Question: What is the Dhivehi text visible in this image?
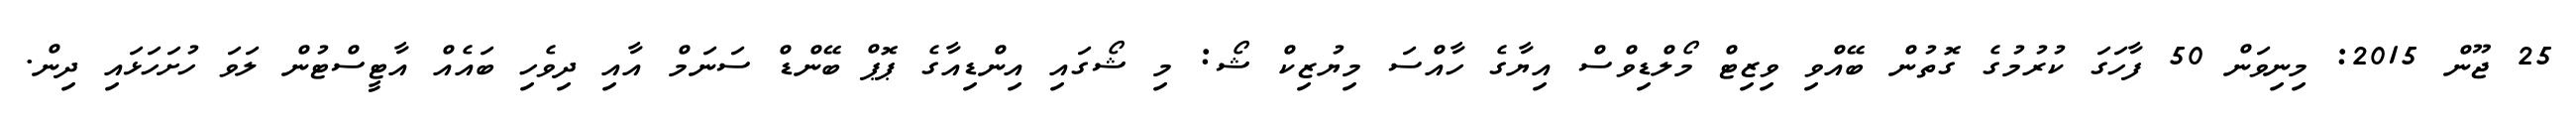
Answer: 25 ޖޫން 2015: މިނިވަން 50 ފާހަގަ ކުރުމުގެ ގޮތުން ބޭއްވި ވިޒިޓް މޯލްޑިވްސް އިޔާގެ ހާއްސަ މިޔުޒިކް ޝޯ: މި ޝޯގައި އިންޑިއާގެ ޕޮޕް ބޭންޑް ސަނަމް އާއި ދިވެހި ބައެއް އާޓީސްޓުން ލަވަ ހުށަހަޅައި ދިން.